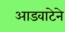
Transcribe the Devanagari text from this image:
आडवाटेने